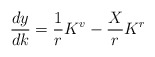
\begin{align*}\frac{dy}{dk} = \frac{1}{r} K^v - \frac{X}{r} K^r \end{align*}